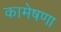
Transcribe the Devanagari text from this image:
कामेषणा